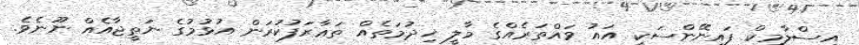
އިސްލާމިކް ފައިނޭންސަކީ އައު ވައްތަރެއްގެ މާލީ ޚިދުމަތެއް ތަޢާރަފުކުރަން އުޅުމުގެ ނަތީޖާއެއް ނޫނެވެ.